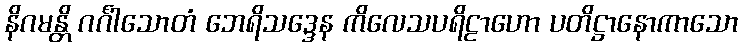
နိဂမန္တိ ဂင်္ဂါသောတံ ဘေရိသဒ္ဒေန ကိလေသပရိဠာဟော ပတိဋ္ဌာနောကာသော